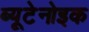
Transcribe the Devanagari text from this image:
ब्यूटेनोइक